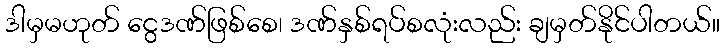
ဒါမှမဟုတ် ငွေဒဏ်ဖြစ်စေ၊ ဒဏ်နှစ်ရပ်စလုံးလည်း ချမှတ်နိုင်ပါတယ်။